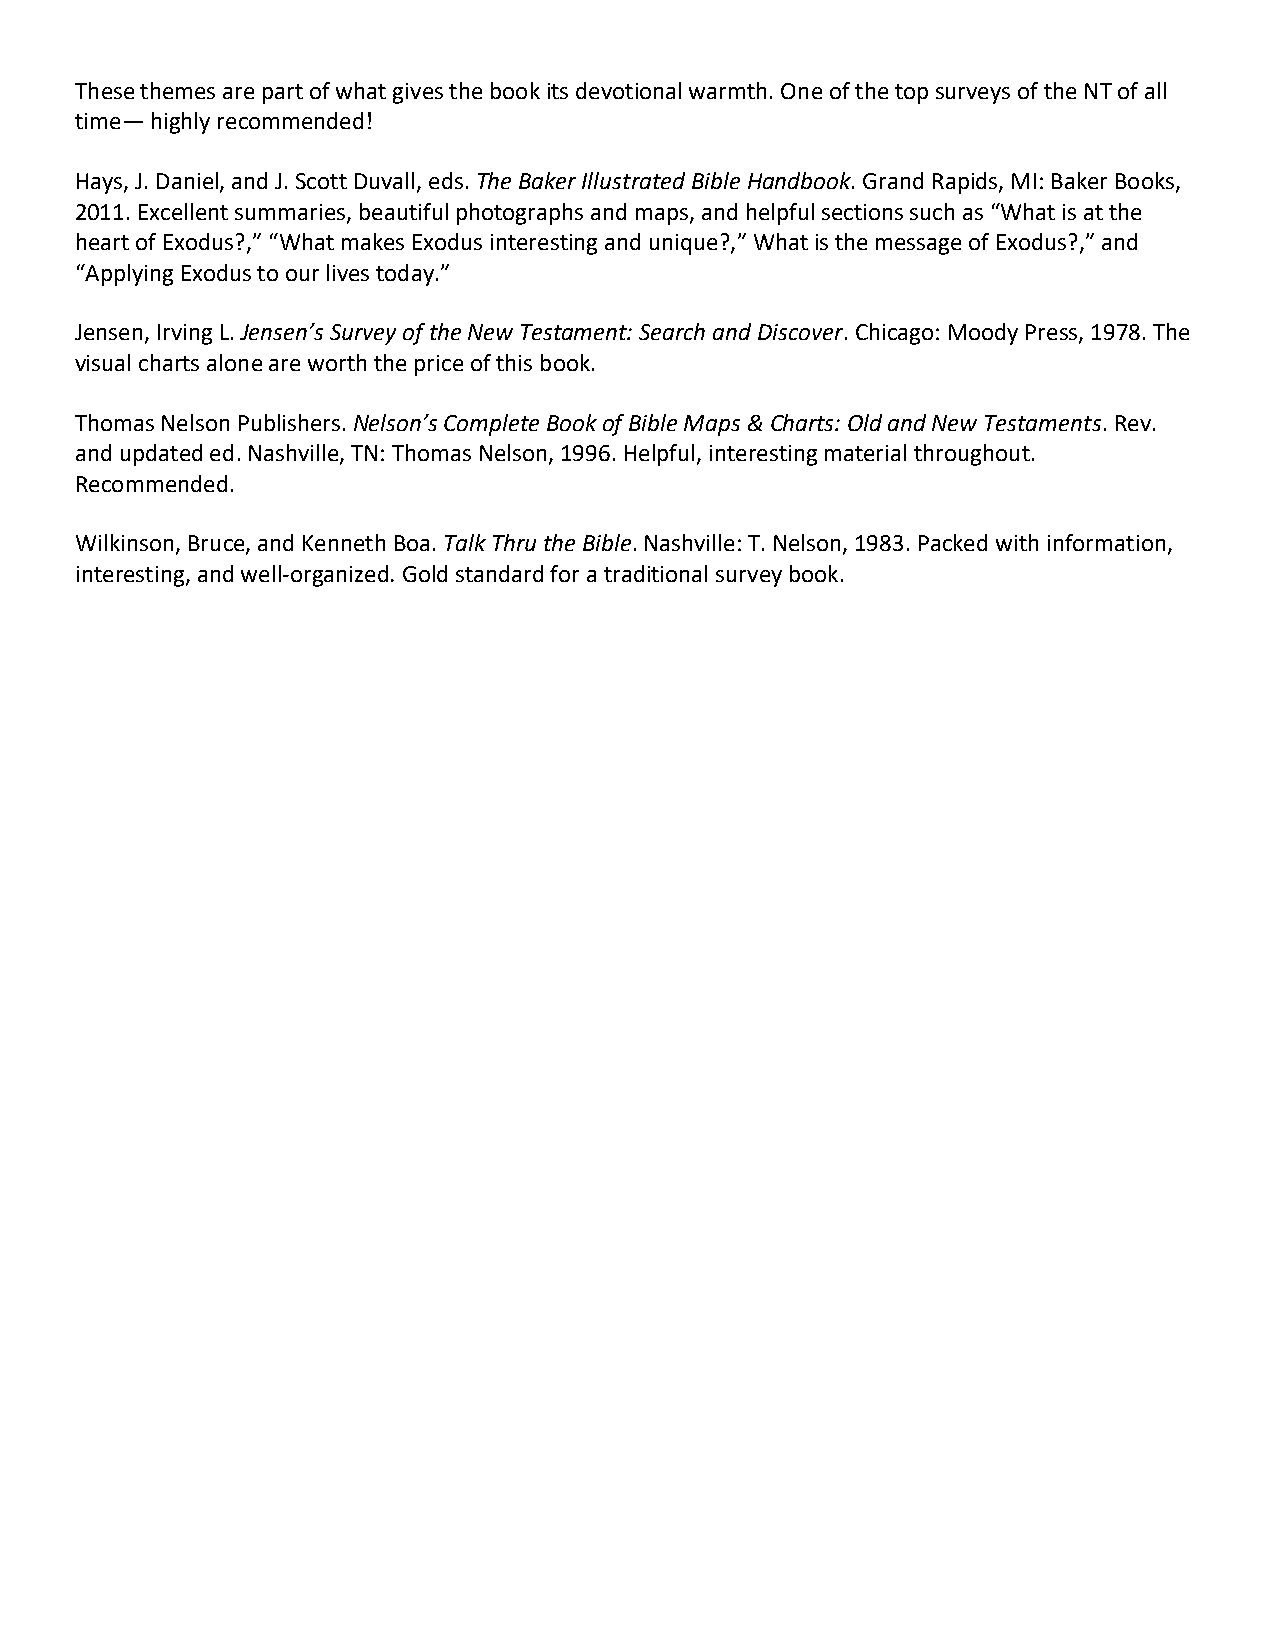
These themes are part of what gives the book its devotional warmth. One of the top surveys of the NT of all
 time— highly recommended!
 Hays, J. Daniel, and J. Scott Duvall, eds. The Baker Illustrated Bible Handbook. Grand Rapids, MI: Baker Books,
 2011. Excellent summaries, beautiful photographs and maps, and helpful sections such as “What is at the
 heart of Exodus?,” “What makes Exodus interesting and unique?,” What is the message of Exodus?,” and
 “Applying Exodus to our lives today.”
 Jensen, Irving L. Jensen’s Survey of the New Testament: Search and Discover. Chicago: Moody Press, 1978. The
 visual charts alone are worth the price of this book.
 Thomas Nelson Publishers. Nelson’s Complete Book of Bible Maps & Charts: Old and New Testaments. Rev.
 and updated ed. Nashville, TN: Thomas Nelson, 1996. Helpful, interesting material throughout.
 Recommended.
 Wilkinson, Bruce, and Kenneth Boa. Talk Thru the Bible. Nashville: T. Nelson, 1983. Packed with information,
 interesting, and well-organized. Gold standard for a traditional survey book.